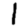
Digit: 1